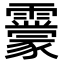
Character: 𩆬